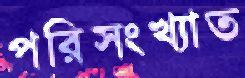
পরিসংখ্যাত